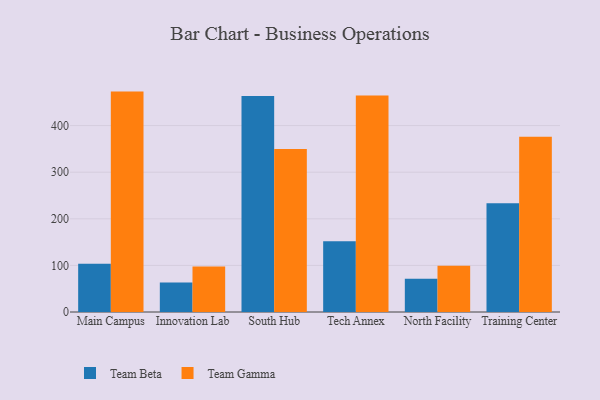
{"axis": {"x": "Campus", "y": "Website Visitors"}, "legend": ["Team Beta", "Team Gamma"], "data": [{"x": "Main Campus", "y": 103.8, "type": "Team Beta"}, {"x": "Main Campus", "y": 473.0, "type": "Team Gamma"}, {"x": "Innovation Lab", "y": 63.2, "type": "Team Beta"}, {"x": "Innovation Lab", "y": 97.5, "type": "Team Gamma"}, {"x": "South Hub", "y": 463.3, "type": "Team Beta"}, {"x": "South Hub", "y": 349.7, "type": "Team Gamma"}, {"x": "Tech Annex", "y": 152.0, "type": "Team Beta"}, {"x": "Tech Annex", "y": 464.5, "type": "Team Gamma"}, {"x": "North Facility", "y": 71.3, "type": "Team Beta"}, {"x": "North Facility", "y": 99.1, "type": "Team Gamma"}, {"x": "Training Center", "y": 233.6, "type": "Team Beta"}, {"x": "Training Center", "y": 376.1, "type": "Team Gamma"}]}